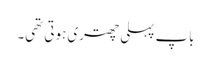
باپ پہلی چھتری ہوتی تھی۔